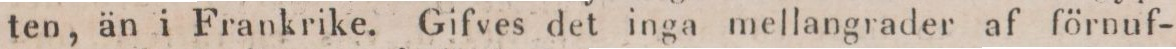
ten, än i Frankrike. Gifves det inga mellangrader af förnuf-